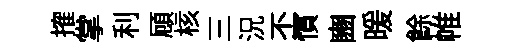
搉掌利頋核三況丕慣豳暖餘帷